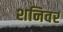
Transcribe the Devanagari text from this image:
शनिवर